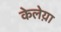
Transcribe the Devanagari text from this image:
केलेय़ा